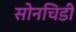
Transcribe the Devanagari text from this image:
सोनचिडी